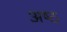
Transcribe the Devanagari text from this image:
अष्‍ठ